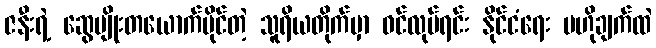
ဇနီးရဲ့ ဆွေမျိုးတယောက်ပိုင်တဲ့ သူရိယတိုက်မှာ ဝင်လုပ်ရင်း နိုင်ငံရေး ဗဟိုချက်ထဲ